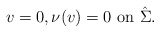
\begin{align*} v=0, \nu(v)=0 \mbox{ on }\hat \Sigma. \end{align*}